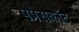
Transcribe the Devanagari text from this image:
पप्रेसकॉट